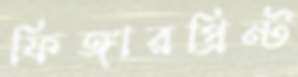
ফিঙ্গারপ্রিন্ট